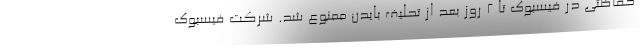
حفاظتی در فیسبوک تا ۲ روز بعد از تحلیف بایدن ممنوع شد. شرکت فیسبوک